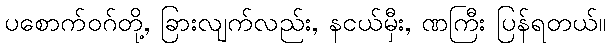
ပစောက်ဝဂ်တို့, ခြားလျက်လည်း, နငယ်မှီး, ဏကြီး ပြန်ရတယ်။